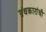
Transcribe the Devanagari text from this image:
ग्रंथकारांची